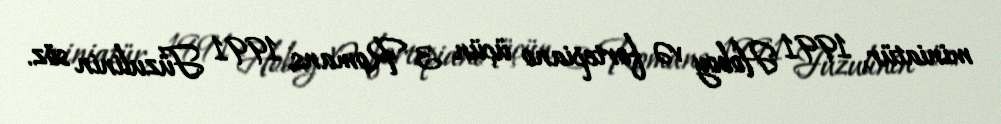
miniatür, 1991 Hoboy və fortepiano üçün 3 Romans, 1991 Füzulinin söz.